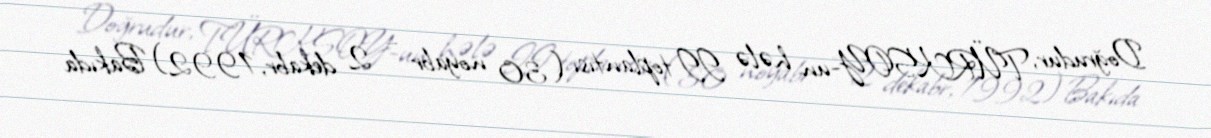
Doğrudur, TÜRKSOY-un hələ II toplantısı (30 noyabr – 2 dekabr, 1992) Bakıda